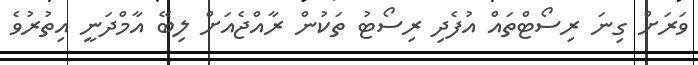
ވަރަށް ގިނަ ރިސޯޓްތައް އުފެދި ރިސޯޓު ތަކުން ރާއްޖެއަށް ލިބޭ އާމްދަނީ އިތުރުވެ